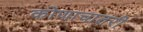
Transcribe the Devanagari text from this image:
कोणाचातरी